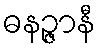
ဓနဉ္ဇာနီ